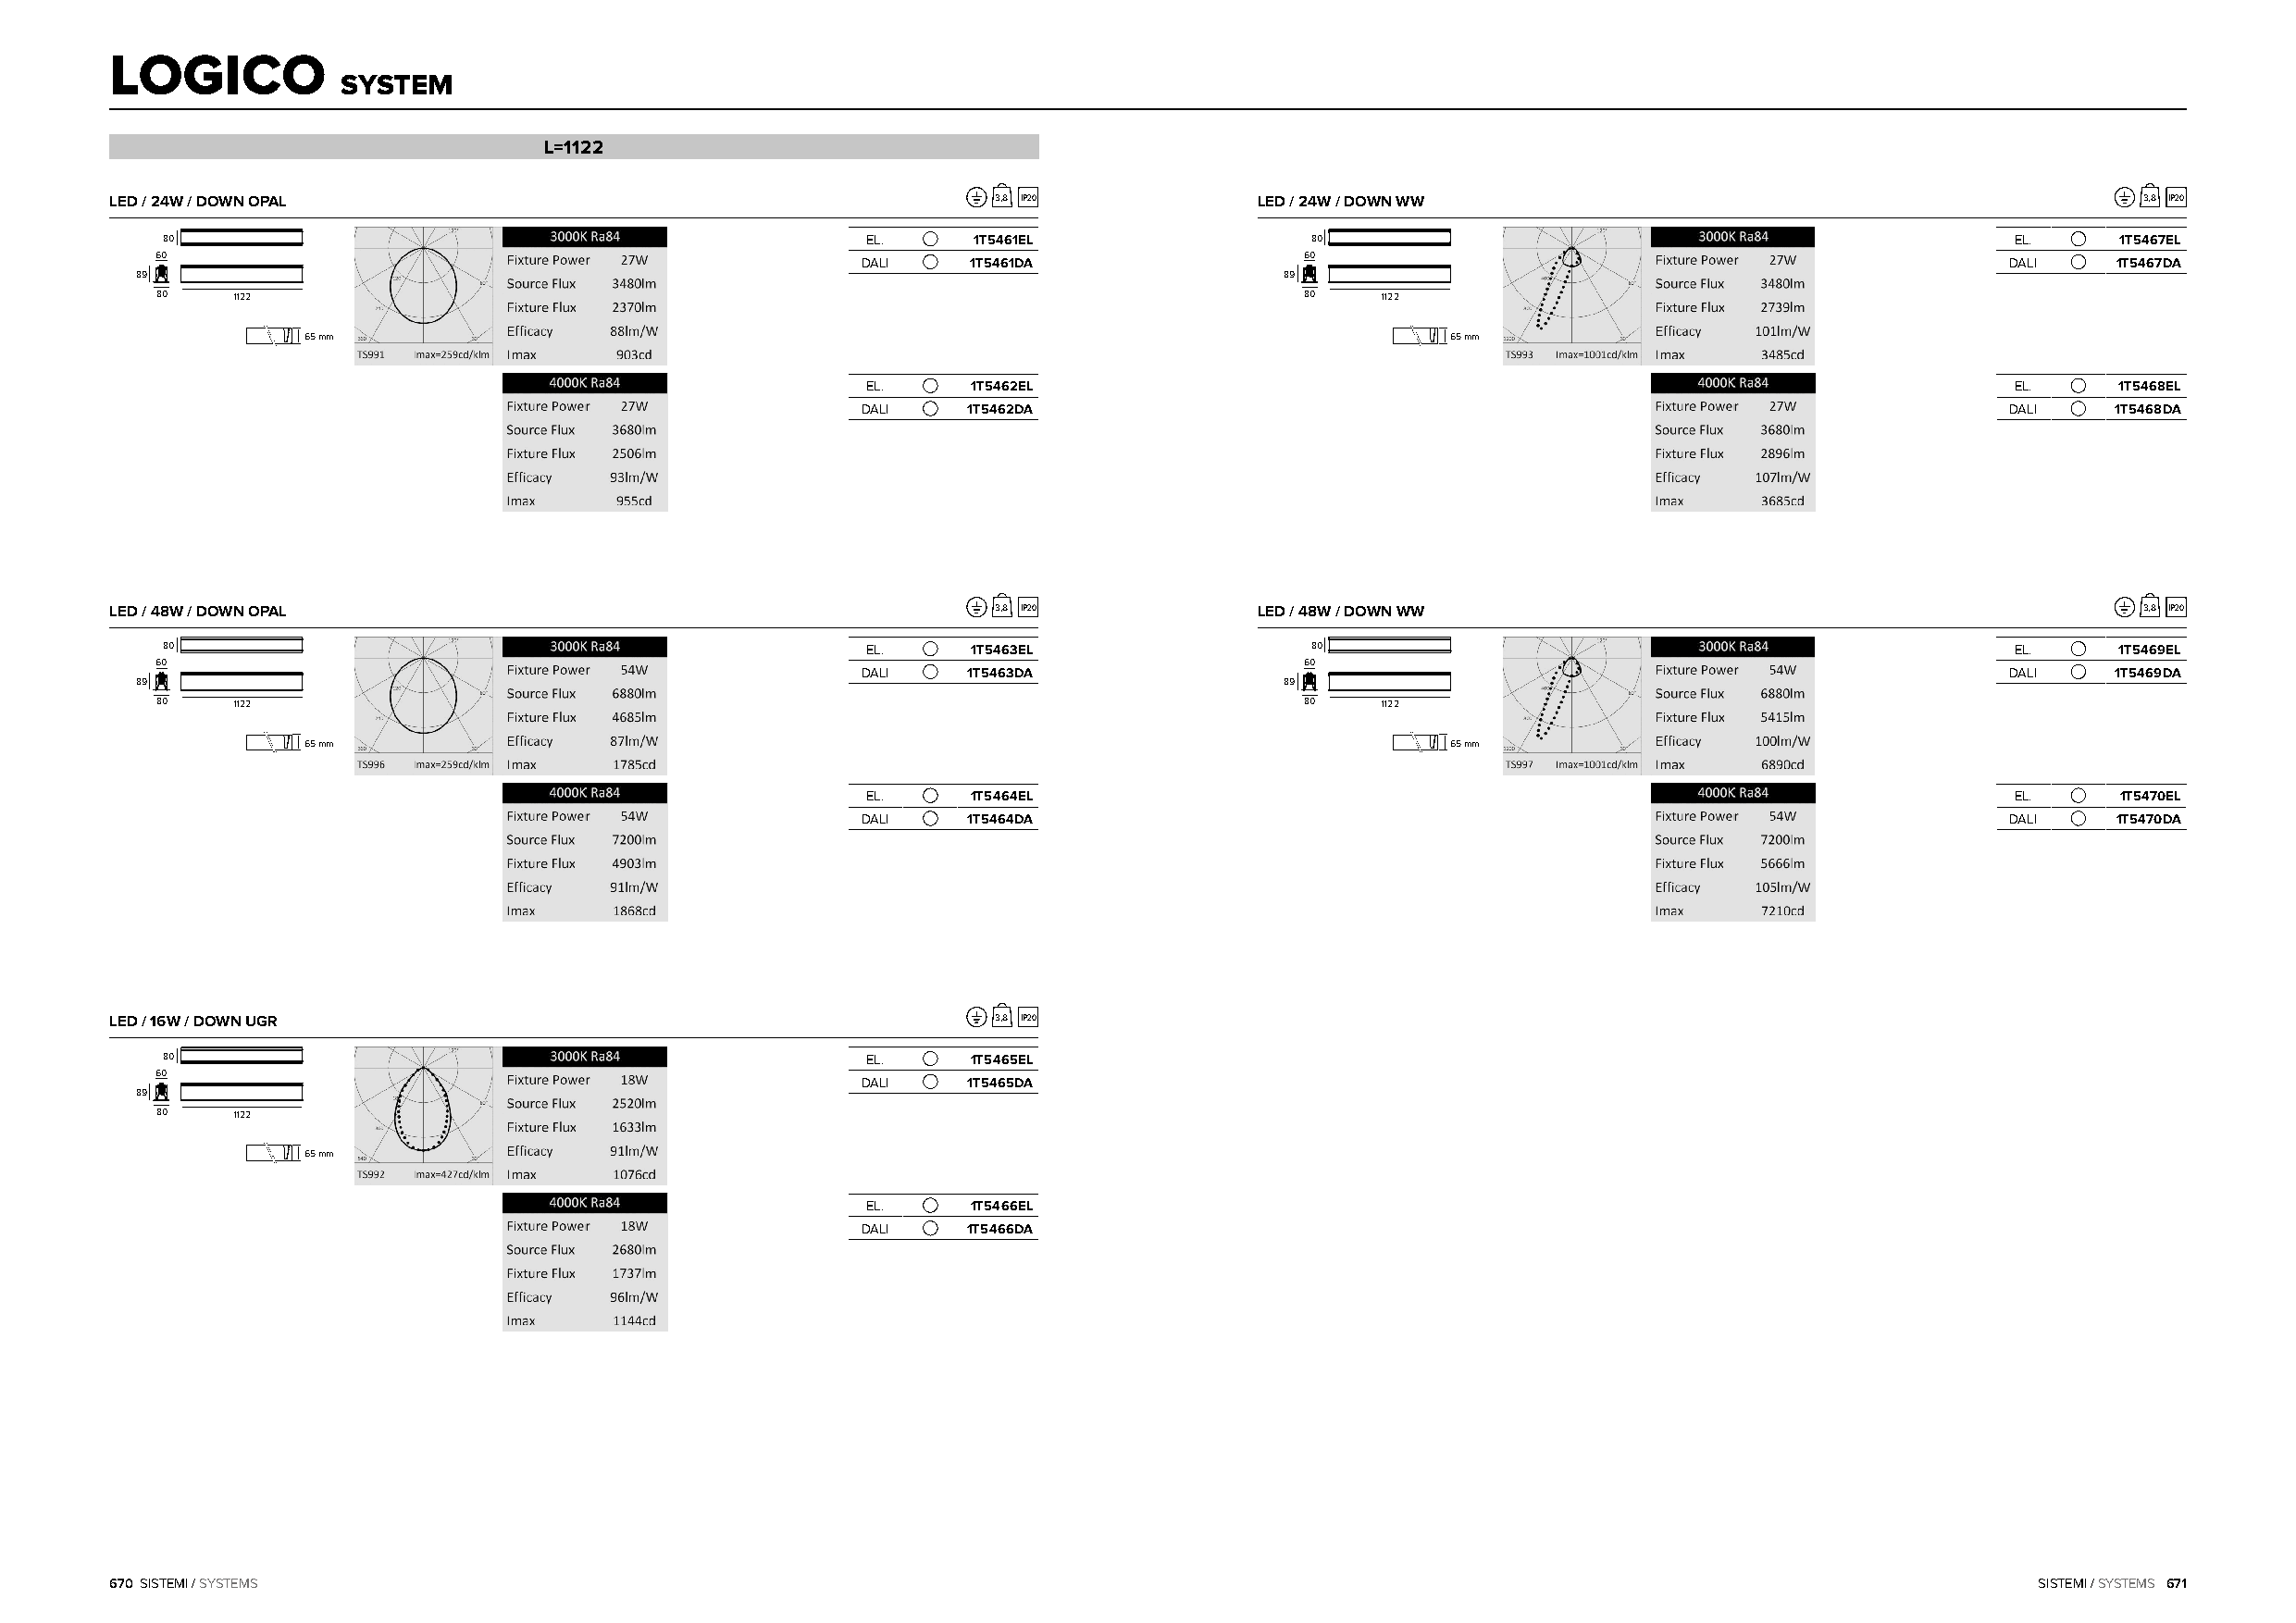
LOGICO
 SYSTEM
 L=1122
 LED / 24W / DOWN OPAL                                          3,8 IP20           LED / 24W / DOWN WW                                            3,8 IP20
 80                                                EL.     1T5461EL                80                                                EL.     1T5467EL
 60                                                                                60
 DALI   1T5461DA                                                                   DALI   1T5467DA
 89                                                                                89
 80    1122                                                                        80    1122
 65 mm                                                                             65 mm
 EL.    1T5462EL                                                                   EL.     1T5468EL
 DALI   1T5462DA                                                                   DALI   1T5468DA
 LED / 48W / DOWN OPAL                                          3,8 IP20           LED / 48W / DOWN WW                                            3,8 IP20
 80                                                EL.    1T5463EL                 80                                                EL.     1T5469EL
 60                                                                                60
 DALI   1T5463DA                                                                   DALI   1T5469DA
 89                                                                                89
 80    1122                                                                        80    1122
 65 mm                                                                             65 mm
 EL.    1T5464EL                                                                   EL.     1T5470EL
 DALI   1T5464DA                                                                   DALI   1T5470DA
 LED / 16W / DOWN UGR                                           3,8 IP20
 80                                                EL.    1T5465EL
 60
 DALI   1T5465DA
 89
 80    1122
 65 mm
 EL.    1T5466EL
 DALI   1T5466DA
 670 SISTEMI / SYSTEMS                                                                                                                     SISTEMI / SYSTEMS 671